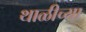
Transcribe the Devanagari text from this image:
थाळीच्या